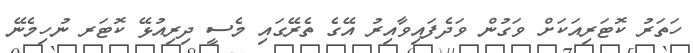
ހަތަރު ކޮޓަރިއަކަށް ވަގުން ވަދެފައިވާއިރު އޭގެ ތެރޭގައި މެސީ ދިރިއުޅޭ ކޮޓަރ ނުހިމެނޭ